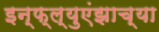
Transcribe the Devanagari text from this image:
इन्फ्ल्युएंझाच्या